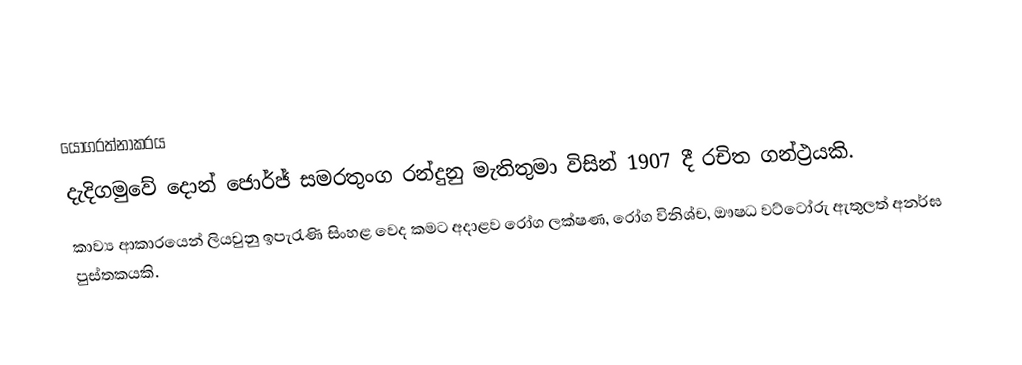
යෝගරත්නාකරය
දැදිගමුවේ දොන් ජොර්ජ් සමරතුංග රන්දුනු  මැතිතුමා විසින් 1907 දී රචිත ගන්ථ්‍රයකි.
කාව්‍ය ආකාරයෙන් ලියවුනු ඉපැරැණි සිංහළ වෙද කමට අදාළව රෝග ලක්ෂණ, රෝග විනිශ්ච, ඖෂධ වට්ටෝරු ඇතුලත් අනර්ඝ පුස්තකයකි.